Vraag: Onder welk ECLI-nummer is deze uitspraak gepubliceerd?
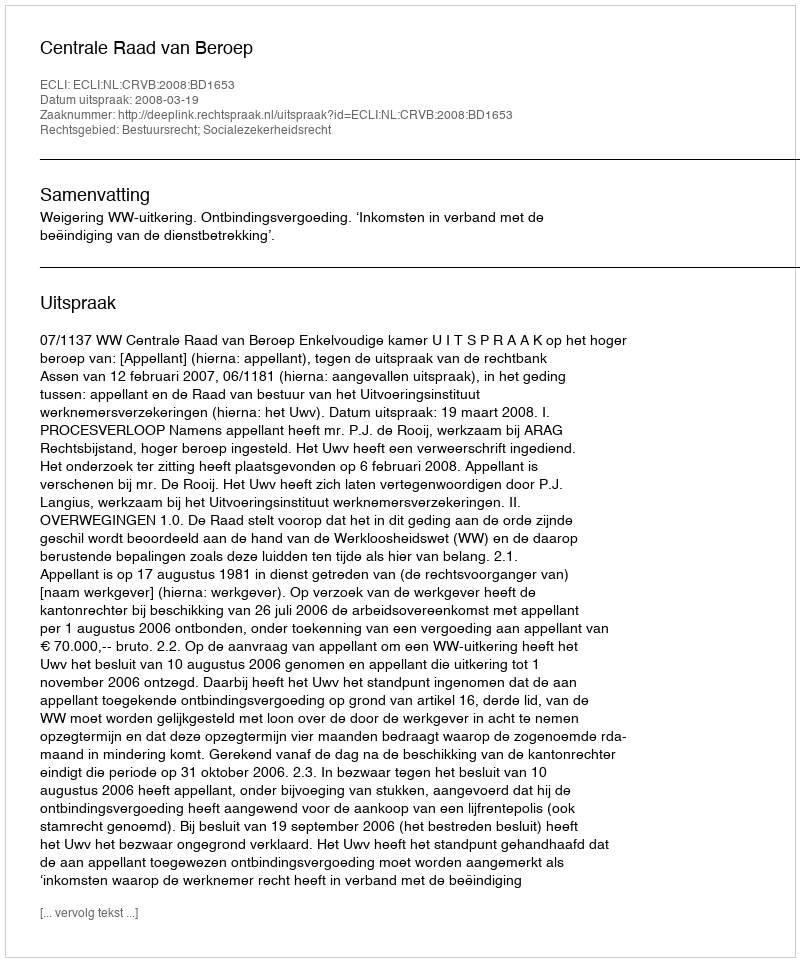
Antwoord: ECLI:NL:CRVB:2008:BD1653